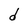
Character: d